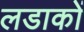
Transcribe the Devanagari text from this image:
लडाकों